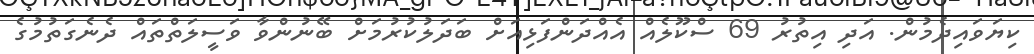
ކިޔަވައިދެމުން. އަދި އިތުރު 69 ސްކޫލެއް އެއްދަންފަޅިއަށް ބަދަލުކުރުމަށް ބޭނުންވާ ވަސީލަތްތައް ދެނެގަތުމުގެ